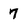
Character: 7